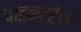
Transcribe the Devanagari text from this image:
पाइनट्रेल